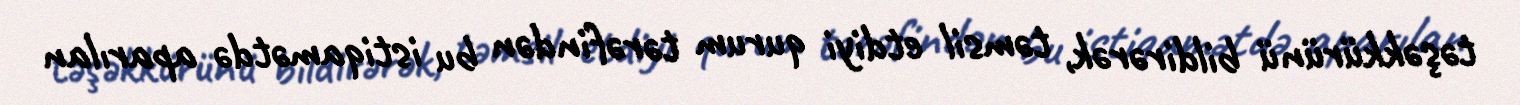
təşəkkürünü bildirərək, təmsil etdiyi qurum tərəfindən bu istiqamətdə aparılan